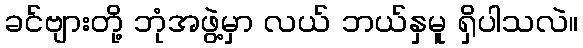
ခင်ဗျားတို့ ဘုံအဖွဲ့မှာ လယ် ဘယ်နှမူ ရှိပါသလဲ။